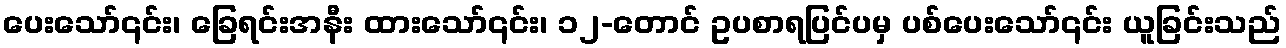
ပေးသော်၎င်း၊ ခြေရင်းအနီး ထားသော်၎င်း၊ ၁၂-တောင် ဥပစာရပြင်ပမှ ပစ်ပေးသော်၎င်း ယူခြင်းသည်